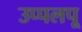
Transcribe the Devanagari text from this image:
उप्पलपू